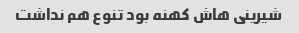
شیرینی هاش کهنه بود تنوع هم نداشت